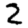
Digit: 2